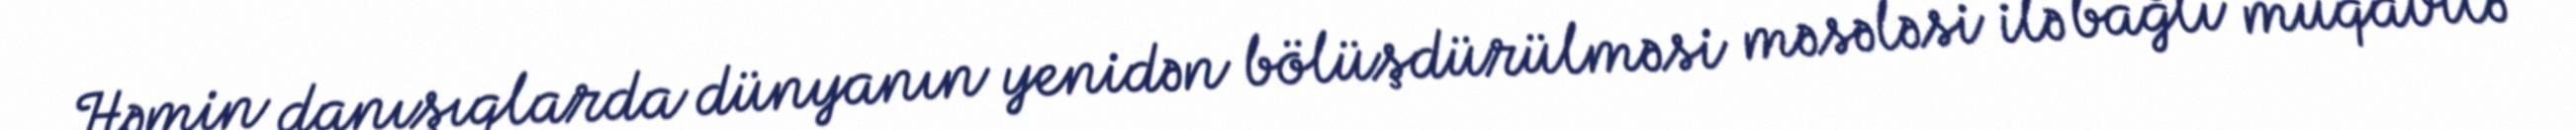
Həmin danışıqlarda dünyanın yenidən bölüşdürülməsi məsələsi ilə bağlı müqavilə